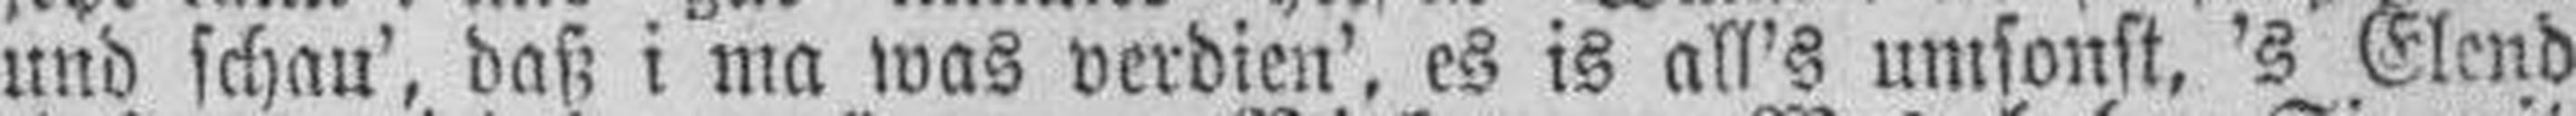
und schau', daß i ma was verdien', es is all's umsonst, 's Elend